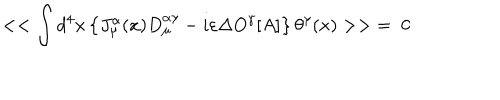
< < \int d ^ { 4 } x \left\{ J _ { \mu } ^ { \alpha } ( x ) D _ { \mu } ^ { \alpha \gamma } - i \varepsilon \Delta O ^ { \gamma } [ A ] \right\} \theta ^ { \gamma } ( x ) > > \; = \; 0